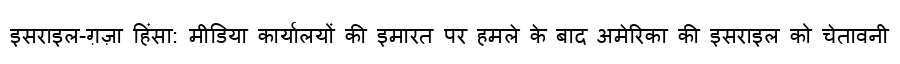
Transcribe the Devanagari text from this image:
इसराइल-ग़ज़ा हिंसा: मीडिया कार्यालयों की इमारत पर हमले के बाद अमेरिका की इसराइल को चेतावनी